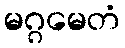
မဂ္ဂမေတံ